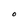
Character: o